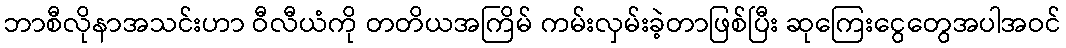
ဘာစီလိုနာအသင်းဟာ ဝီလီယံကို တတိယအကြိမ် ကမ်းလှမ်းခဲ့တာဖြစ်ပြီး ဆုကြေးငွေတွေအပါအဝင်